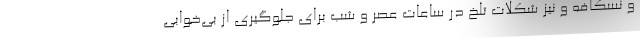
و نسکافه و نیز شکلات تلخ در ساعات عصر و شب برای جلوگیری از بی‌خوابی